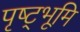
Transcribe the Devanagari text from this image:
पृष्ट्भूमि